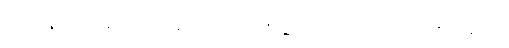
အားနာပေမယ့် လမ်းလေး တစ်ဆိတ်လောက် မေးပါမယ်။